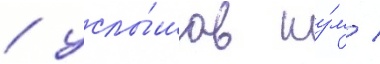
/ услы́шав шу́м /